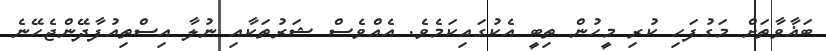
ބަޣާވާތަށް މަގުފަހި ކުރި މީހުން ތިބީ އެކުގައިކަމެވެ. އެއްވެސް ޝަރުތަކާއި ނުލާ އިސްތިއުފާދޭންޖެހޭނެ